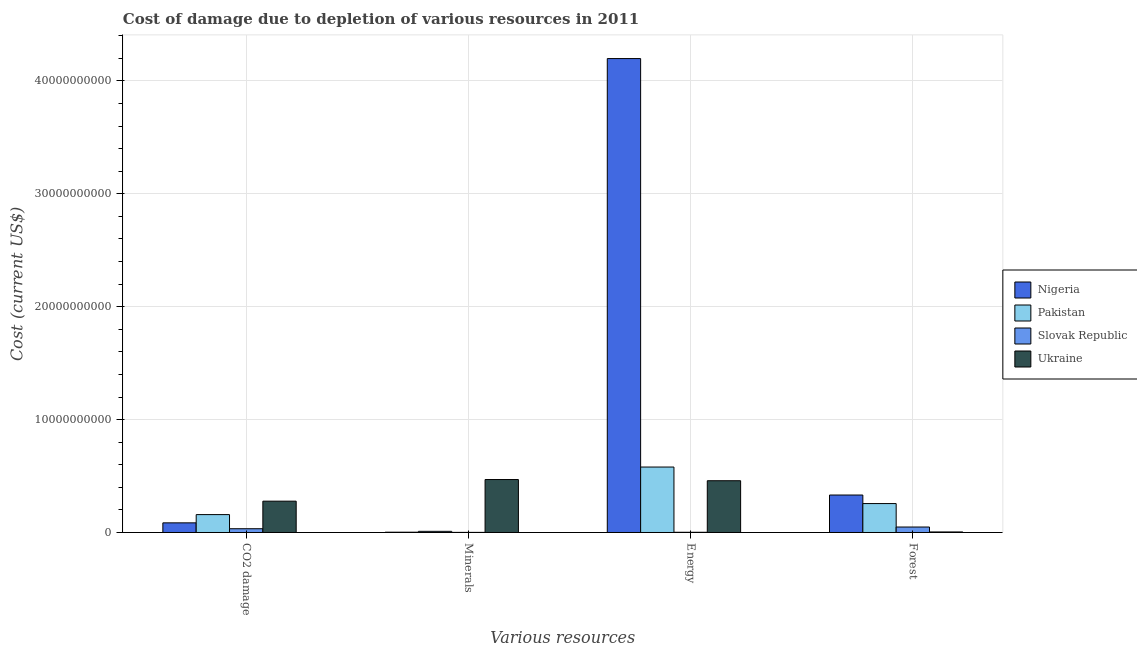
| Various resources | Nigeria | Pakistan | Slovak Republic | Ukraine |
 | --- | --- | --- | --- | --- |
 | CO2 damage | 8.53e+08 | 1.58e+09 | 3.33e+08 | 2.77e+09 |
 | Minerals | 2.54e+07 | 1.02e+08 | 8.71e+06 | 4.69e+09 |
 | Energy | 4.2e+10 | 5.8e+09 | 1.89e+07 | 4.58e+09 |
 | Forest | 3.32e+09 | 2.56e+09 | 4.84e+08 | 4.83e+07 |